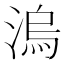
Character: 溩